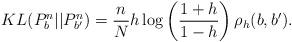
LaTeX: \begin{align*}KL(P_b^n||P_{b'}^n) = \frac{n}{N}h\log\left(\frac{1 + h}{1 - h}\right)\rho_h(b, b').\end{align*}